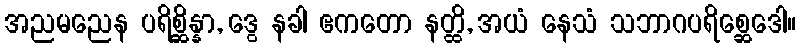
အညမညေန ပရိစ္ဆိန္နာ, ဒွေ နခါ ဧကတော နတ္ထိ, အယံ နေသံ သဘာဂပရိစ္ဆေဒေါ။